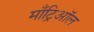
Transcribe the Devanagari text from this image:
माँट्रिऑल